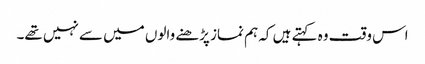
اس وقت وہ کہتے ہیں کہ ہم نماز پڑھنے والوں میں سے نہیں تھے۔